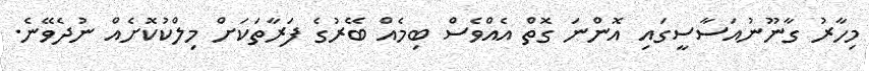
މިހާރު ގާނޫނުއަސާސީގައި އޮންނަ ގޮތް އެއްވެސް ބިމެއް ބޭރުގެ ފަރާތަކަށް މިލްކުކޮށެއް ނުދެވޭނެ.